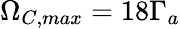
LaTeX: \Omega_{C,max}=18\Gamma_{a}